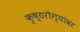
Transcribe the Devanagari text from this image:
कुष्ठरोग्यांवर